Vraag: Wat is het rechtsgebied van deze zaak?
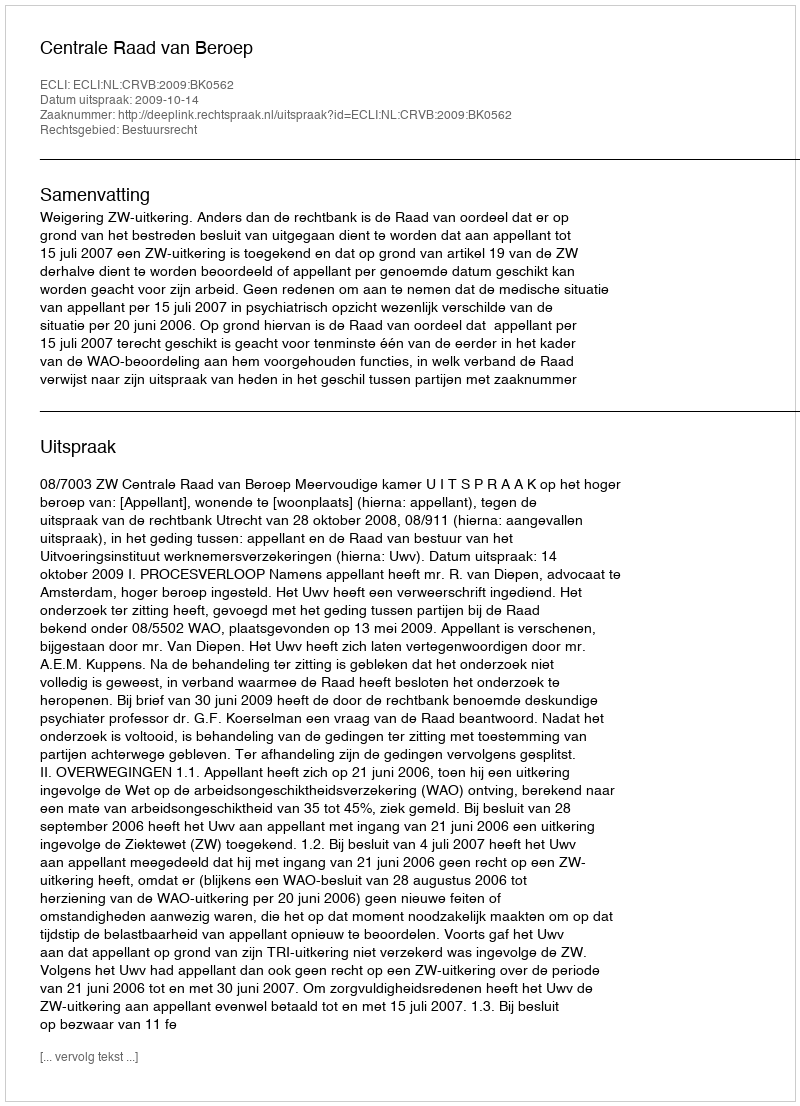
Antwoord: Bestuursrecht